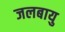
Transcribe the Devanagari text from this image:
जलबायु